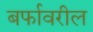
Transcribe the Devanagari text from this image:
बर्फावरील